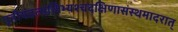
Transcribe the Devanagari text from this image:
तृतीयंतत्सखिभ्यश्चदक्षिणासंस्थमादरात्